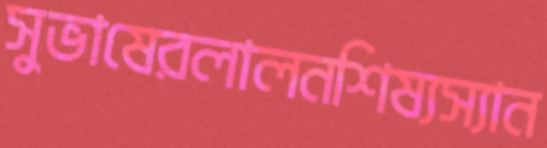
সুভাষেরলালনশিষ্যস্যান